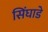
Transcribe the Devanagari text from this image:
सिंघाडे